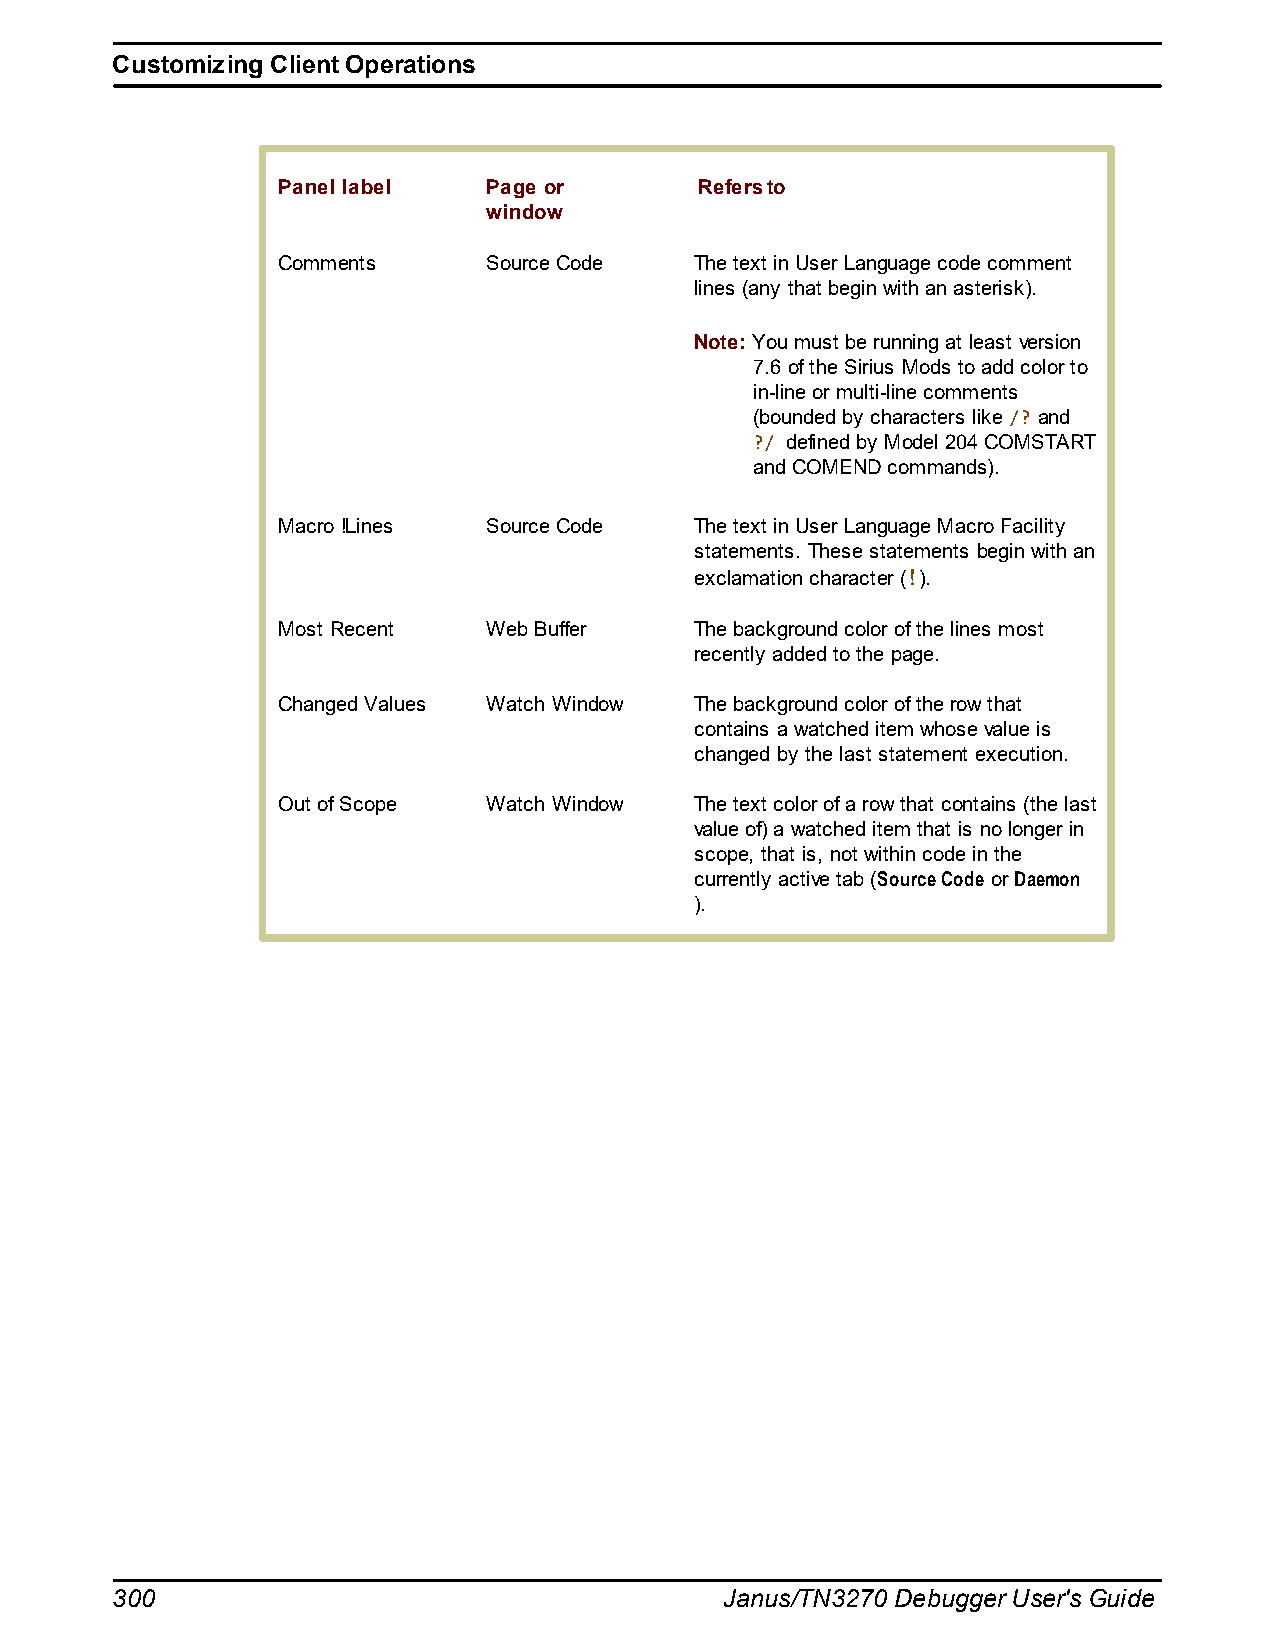
Customizing Client Operations
 Panel label   Page or       Refers to
 window
 Comments      Source Code   The text in User Language code comment
 lines (any that begin with an asterisk).
 Note: You must be running at least version
 7.6 of the Sirius Mods to add color to
 in-line or multi-line comments
 (bounded by characters like /? and
 ?/ defined by Model 204 COMSTART
 and COMEND commands).
 Macro !Lines  Source Code   The text in User Language Macro Facility
 statements. These statements begin with an
 exclamation character (!).
 Most Recent   Web Buffer    The background color of the lines most
 recently added to the page.
 Changed Values Watch Window The background color of the row that
 contains a watched item whose value is
 changed by the last statement execution.
 Out of Scope  Watch Window  The text color of a row that contains (the last
 value of) a watched item that is no longer in
 scope, that is, not within code in the
 currently active tab (Source Code or Daemon
 ).
 300                                      Janus/TN3270 Debugger User's Guide